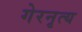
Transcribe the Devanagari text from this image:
गेरनृत्य